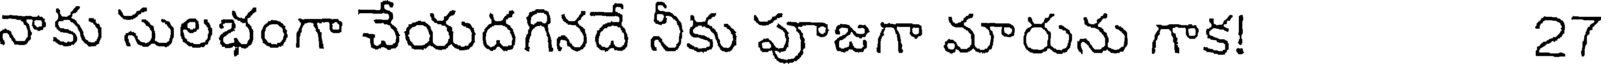
నాకు సులభంగా చేయదగినదే నీకు పూజగా మారును గాక! 27